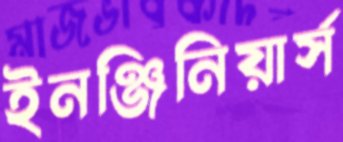
ইনঞ্জিনিয়ার্স